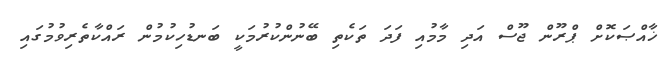
ޚާއްޞަކޮށް ޕްރޫން ޖޫސް އަދި މާމުއި ފަދަ ތަކެތި ބޭނުންކުރުމަކީ ބަނޑުހިކުމުން ރައްކާތެރިވުމުގައި